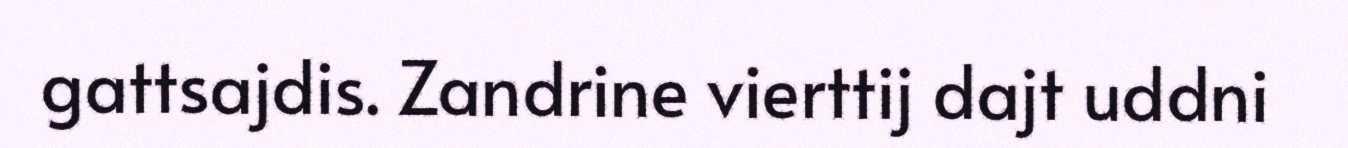
gattsajdis. Zandrine vierttij dajt uddni